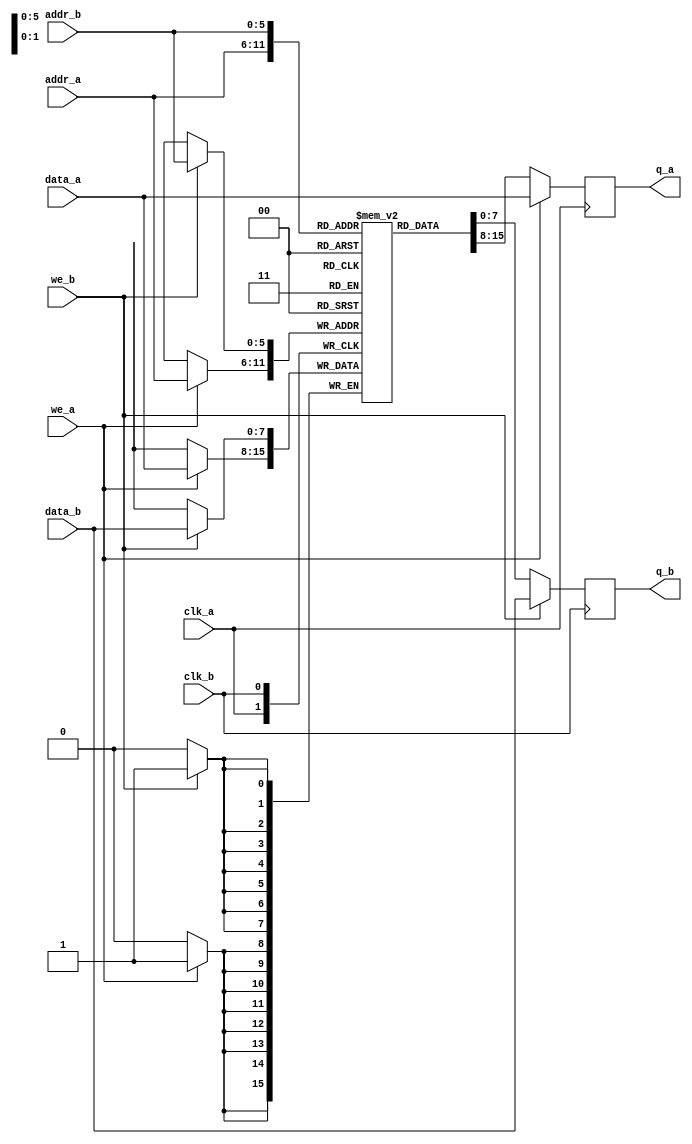
// Quartus Prime Verilog Template
// True Dual Port RAM with dual clocks

module true_dual_port_ram_dual_clock
#(parameter DATA_WIDTH=8, parameter ADDR_WIDTH=6)
(
  input [(DATA_WIDTH-1):0] data_a, data_b,
  input [(ADDR_WIDTH-1):0] addr_a, addr_b,
  input we_a, we_b, clk_a, clk_b,
  output reg [(DATA_WIDTH-1):0] q_a, q_b
);

  // Declare the RAM variable
  reg [DATA_WIDTH-1:0] ram[2**ADDR_WIDTH-1:0];

  always @ (posedge clk_a)
  begin
    // Port A 
    if (we_a) 
    begin
      ram[addr_a] <= data_a;
      q_a <= data_a;
    end
    else 
    begin
      q_a <= ram[addr_a];
    end 
  end

  always @ (posedge clk_b)
  begin
    // Port B 
    if (we_b) 
    begin
      ram[addr_b] <= data_b;
      q_b <= data_b;
    end
    else 
    begin
      q_b <= ram[addr_b];
    end 
  end

endmodule